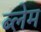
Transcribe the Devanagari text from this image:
ब्लेम